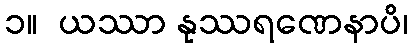
၁။  ယဿာ နုဿရဏေနာပိ၊